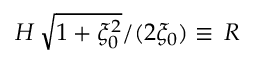
H \, \sqrt { 1 + \xi _ { 0 } ^ { 2 } } / ( 2 \xi _ { 0 } ) \equiv \, R